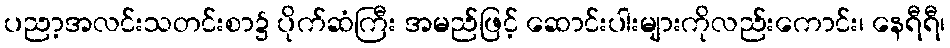
ပညာ့အလင်းသတင်းစာ၌ ပိုက်ဆံကြီး အမည်ဖြင့် ဆောင်းပါးများကိုလည်းကောင်း၊ နေရီရီ၊